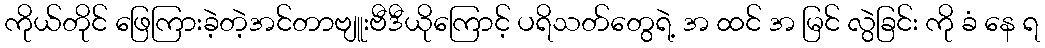
ကိုယ်တိုင် ဖြေကြားခဲ့တဲ့အင်တာဗျူးဗီဒီယိုကြောင့် ပရိသတ်တွေရဲ့ အ ထင် အ မြင် လွဲခြင်း ကို ခံ နေ ရ